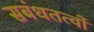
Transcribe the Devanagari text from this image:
सबंधतत्वों